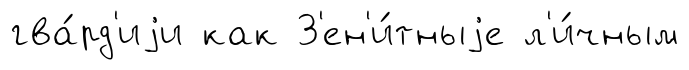
гва́рд'иjи как З'ен'и́тныjе л'и́чным